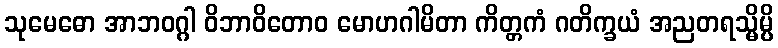
သုမေဓော အာဘဝဂ္ဂါ ဝိဘာဝိတောဝ မောဟဂါမိတာ ကိတ္တကံ ဂတိက္ခယံ အညတရသ္မိမ္ပိ